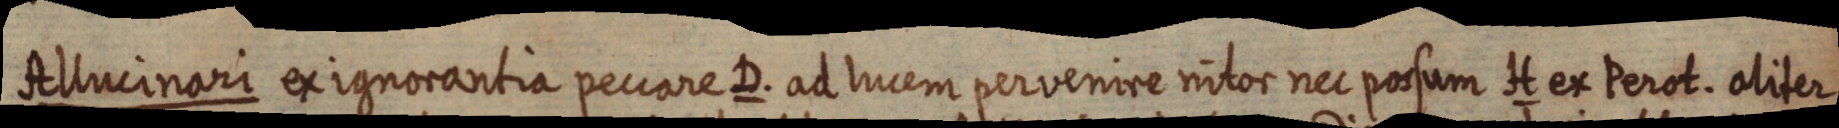
Allucinari ex ignorantia peccare D. ad lucem pervenire nitor nec possum H ex Perot. aliter